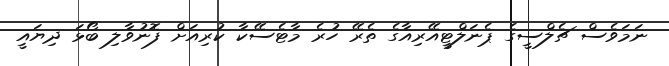
ނަމަވެސް ޗެލްސީގެ ޕެނަލްޓީއޭރިއާގެ ތެރޭ ހުރެ މާޓެސޭކާ ކުރިއަށް ފޮނުވާލި ބޯޅަ ދިޔައީ